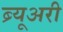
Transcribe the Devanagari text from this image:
ब्र्यूअरी